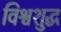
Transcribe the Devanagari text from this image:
विश्वशुद्ध